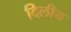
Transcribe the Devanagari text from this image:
दिलीय